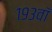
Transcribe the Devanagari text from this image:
१९३वॉ